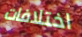
اختلافات